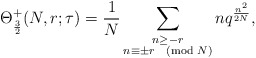
\begin{align*}\Theta_{\frac32}^+(N,r;\tau)=\frac 1N\sum_{\substack{n\geq-r\\ n\equiv\pm r\pmod N}}nq^{\frac{n^2}{2N}},\end{align*}